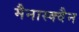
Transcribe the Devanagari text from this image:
मैनास्क्वैन